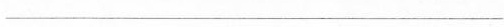
___